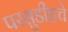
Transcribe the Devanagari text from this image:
परसुडीहचे